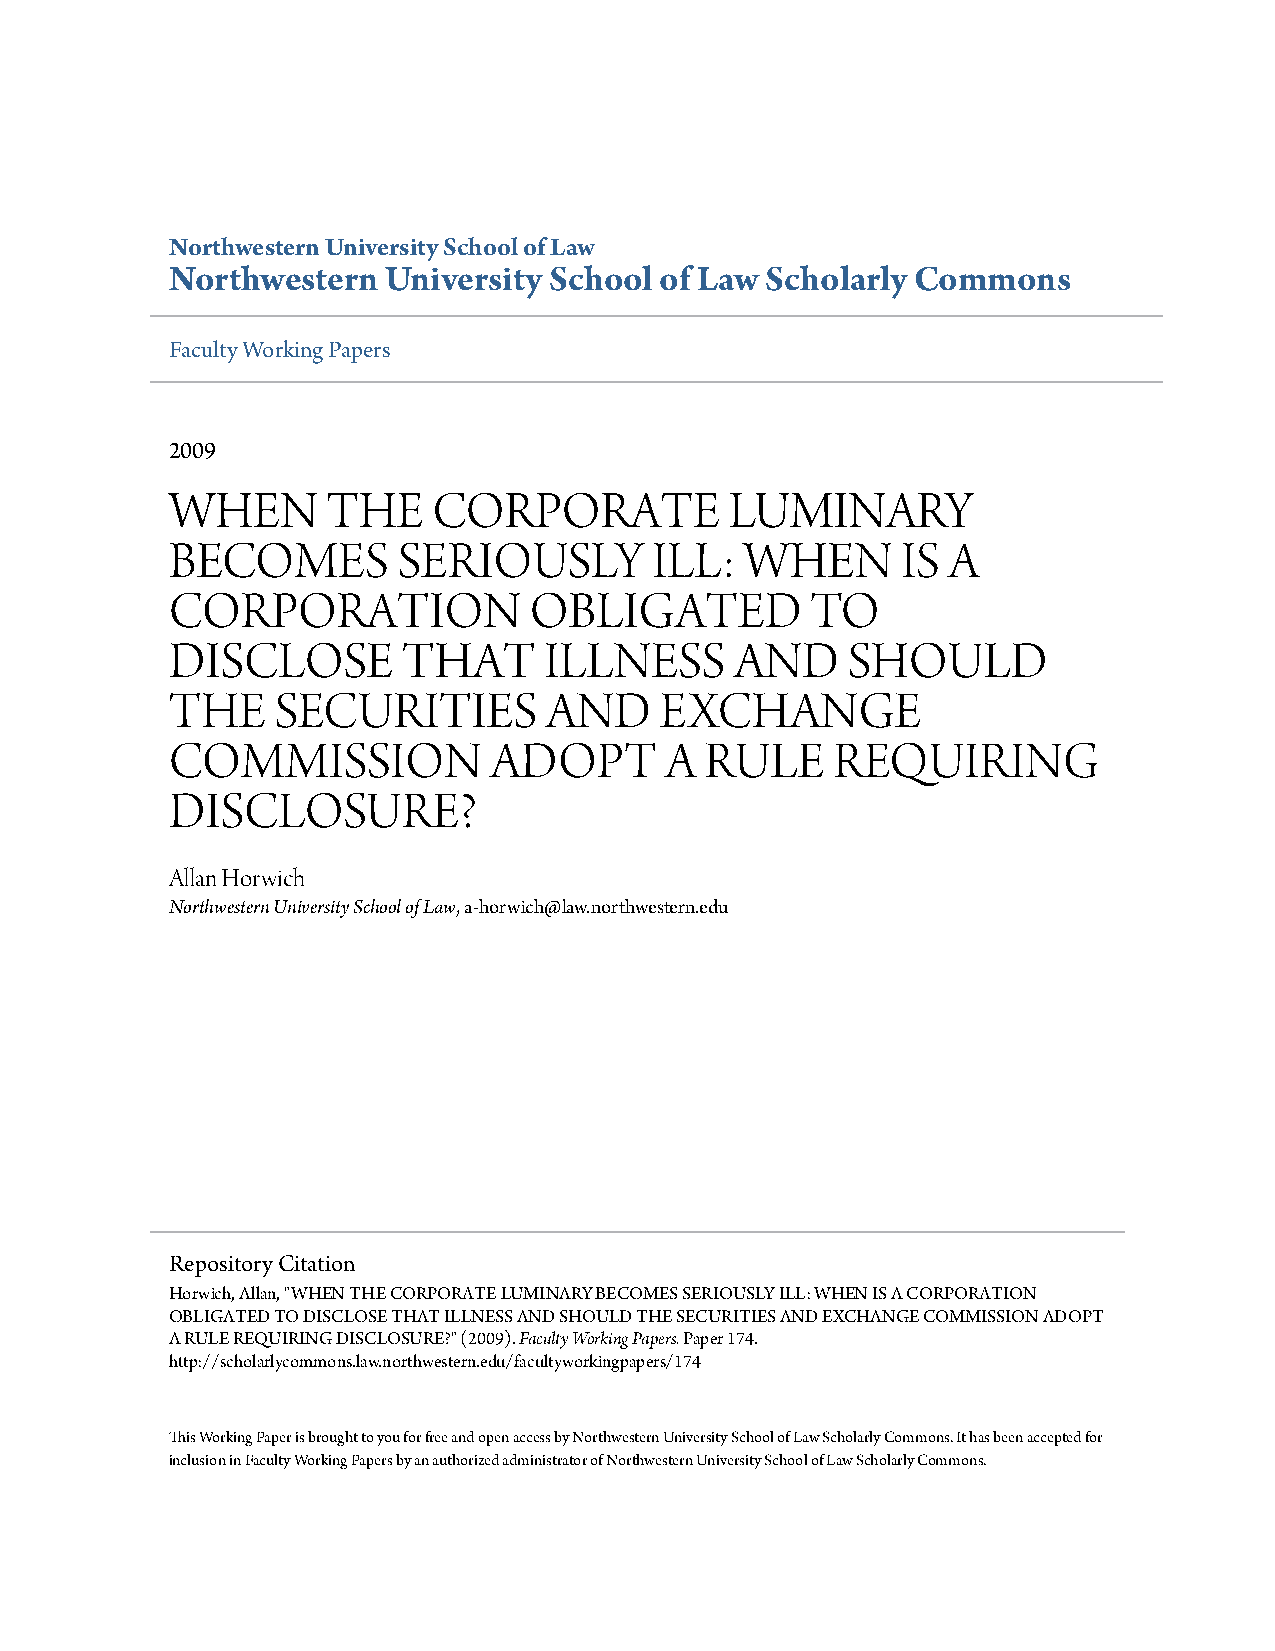
Northwestern University School of Law
 Northwestern  University School  of Law Scholarly Commons
 Faculty Working Papers
 2009
 WHEN       THE    CORPORATE          LUMINARY
 BECOMES        SERIOUSLY        ILL:  WHEN       IS A
 CORPORATION             OBLIGATED          TO
 DISCLOSE        THAT     ILLNESS      AND    SHOULD
 THE    SECURITIES        AND     EXCHANGE
 COMMISSION           ADOPT       A  RULE    REQUIRING
 DISCLOSURE?
 Allan Horwich
 Northwestern University School of Law, a-horwich@law.northwestern.edu
 Repository Citation
 Horwich, Allan, "WHEN THE CORPORATE LUMINARY BECOMES SERIOUSLY ILL: WHEN IS A CORPORATION
 OBLIGATED TO DISCLOSE THAT ILLNESS AND SHOULD THE SECURITIES AND EXCHANGE COMMISSION ADOPT
 A RULE REQUIRING DISCLOSURE?" (2009).Faculty Working Papers.Paper 174.
 http://scholarlycommons.law.northwestern.edu/facultyworkingpapers/174
 This Working Paper is brought to you for free and open access by Northwestern University School of Law Scholarly Commons. It has been accepted for
 inclusion in Faculty Working Papers by an authorized administrator of Northwestern University School of Law Scholarly Commons.